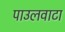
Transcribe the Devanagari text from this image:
पाउलवाटा